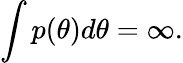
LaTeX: \int{p(\theta)d\theta}=\infty.